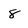
Character: 8